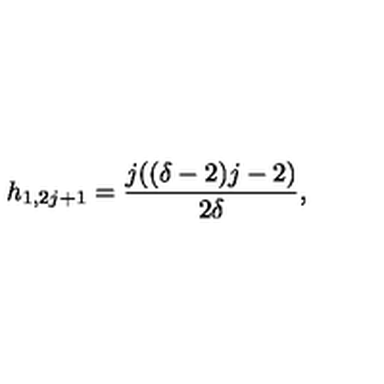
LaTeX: h _ { 1 , 2 j + 1 } = \frac { j ( ( \delta - 2 ) j - 2 ) } { 2 \delta } ,